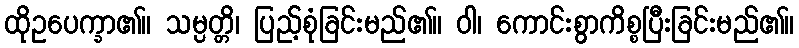
ထိုဥပေက္ခာ၏။ သမ္ပတ္တိ၊ ပြည့်စုံခြင်းမည်၏။ ဝါ၊ ကောင်းစွာကိစ္စပြီးခြင်းမည်၏။